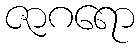
ဇာဂရော